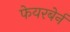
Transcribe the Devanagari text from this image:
फेयरबेर्न